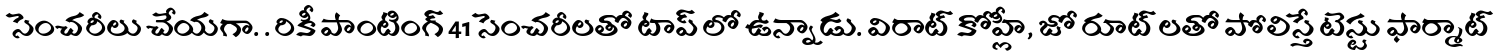
సెంచరీలు చేయగా. . రికీ పాంటింగ్ 41 సెంచరీలతో టాప్ లో ఉన్నాడు. విరాట్ కోహ్లీ, జో రూట్ లతో పోలిస్తే టెస్టు ఫార్మాట్